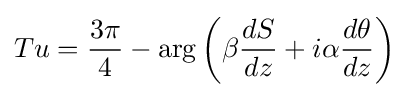
Tu={\frac {3\pi }{4}}-\mathrm {arg} \left(\beta {\frac {dS}{dz}}+i\alpha {\frac {d\theta }{dz}}\right)